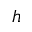
h